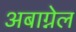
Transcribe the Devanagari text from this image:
अबाग्नेल